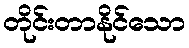
တိုင်းတာနိုင်သော